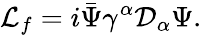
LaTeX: {\cal L}_{f}=i\bar{\Psi}\gamma^{\alpha}{\cal D}_{\alpha}\Psi.